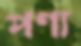
পণ্য